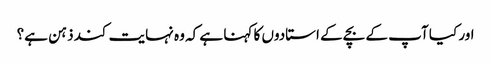
اور کیا آپ کے بچے کے استادوں کا کہنا ہے کہ وہ نہایت کند ذہن ہے؟